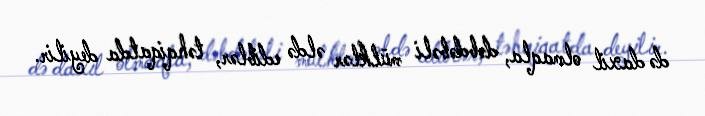
də daxil olmaqla, dəbdəbəli mülklər əldə ediblər, təhqiqatda deyilir.